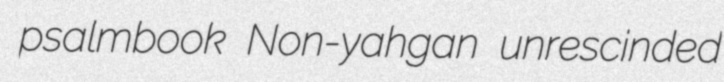
psalmbook Non-yahgan unrescinded